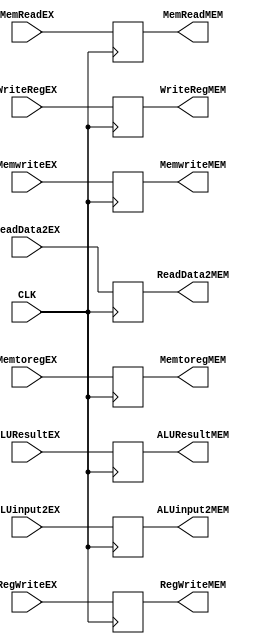
`timescale 1ns / 1ps
//////////////////////////////////////////////////////////////////////////////////
// Company: 
// 
// Design Name: 
// Module Name:     EX/MEM REGISTER
// Project Name: 

// Revision: 
// Revision 0.01 - File Created
// Additional Comments: 
////////////////////////////////////// EX_MEM REGISTER//////////////////////////////////////////////
module MIPS_EX_MEM(
	input   CLK,			//INPUT CLOCK
	input 	MemReadEX,	
	input 	MemwriteEX,
	input 	MemtoregEX,
	input 	RegWriteEX,	
	input 	[31:0]ALUResultEX,
	input 	[31:0]ALUinput2EX,
	input 	[4:0]WriteRegEX,
	input   [31:0] ReadData2EX,
	output	reg 	MemReadMEM,	
	output	reg 	MemwriteMEM,
	output	reg 	MemtoregMEM,
	output	reg 	RegWriteMEM,	
	output	reg 	[31:0]ALUResultMEM,
	output	reg 	[31:0]ALUinput2MEM,
	output	reg 	[4:0]WriteRegMEM,
	output	reg	[31:0]ReadData2MEM
);
	//At ClockEdge Write the contents to EX/MEM Register
	always @(posedge CLK)
	begin 
		MemReadMEM <= MemReadEX; 	
		MemwriteMEM <= MemwriteEX;
		MemtoregMEM <= MemtoregEX;
		RegWriteMEM <= RegWriteEX;
		ALUResultMEM <= ALUResultEX;
		ALUinput2MEM <= ALUinput2EX;
		WriteRegMEM <= WriteRegEX;
		ReadData2MEM <= ReadData2EX;
	end

	
endmodule